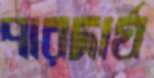
পারদার্য